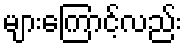
များကြောင့်လည်း